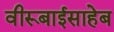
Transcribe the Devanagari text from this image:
वीरूबाईसाहेब